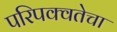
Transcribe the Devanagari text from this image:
परिपक्वतेचा